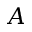
A